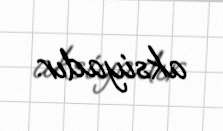
aksiyadır.